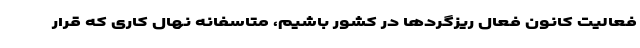
فعالیت کانون فعال ریزگردها در کشور باشیم، متاسفانه نهال کاری که قرار